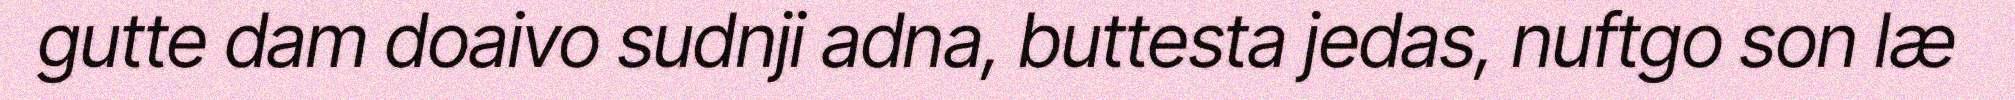
gutte dam doaivo sudnji adna, buttesta jedas, nuftgo son læ